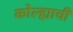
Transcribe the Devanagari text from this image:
कोल्ह्याची